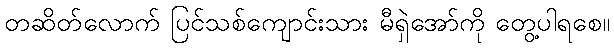
တဆိတ်လောက် ပြင်သစ်ကျောင်းသား မီရှဲအော်ကို တွေ့ပါရစေ။